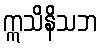
ဣသိနိသဘ